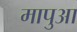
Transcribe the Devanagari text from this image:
मापुआ